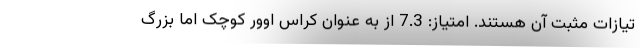
تیازات مثبت آن هستند. امتیاز: 7.3 از به عنوان کراس اوور کوچک اما بزرگ